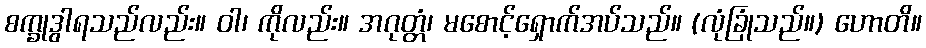
စက္ခုဒွါရသည်လည်း။ ဝါ၊ ကိုလည်း။ အဂုတ္တံ၊ မစောင့်ရှောက်အပ်သည်။ (လုံခြုံသည်။) ဟောတိ။